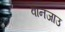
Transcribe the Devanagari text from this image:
वानजाउ